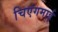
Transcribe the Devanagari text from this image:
चिएंगमाई